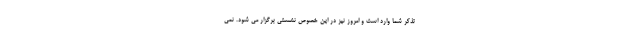
تذکر شما وارد است و امروز نیز در این خصوص نشستی برگزار می شود. نمی